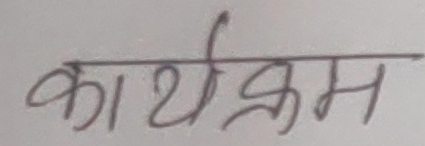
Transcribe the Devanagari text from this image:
कार्यक्रम